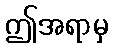
ဤအရာမှ